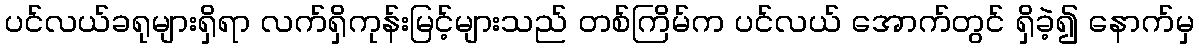
ပင်လယ်ခရုများရှိရာ လက်ရှိကုန်းမြင့်များသည် တစ်ကြိမ်က ပင်လယ် အောက်တွင် ရှိခဲ့၍ နောက်မှ